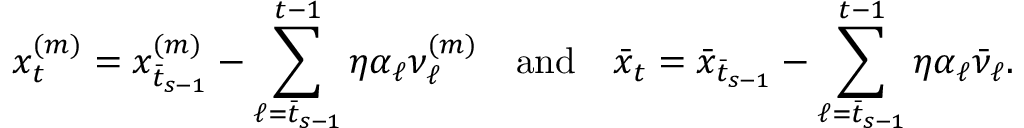
x _ { t } ^ { ( m ) } = x _ { \bar { t } _ { s - 1 } } ^ { ( m ) } - \sum _ { \ell = \bar { t } _ { s - 1 } } ^ { t - 1 } \eta \alpha _ { \ell } \nu _ { \ell } ^ { ( m ) } \quad \mathrm { a n d } \quad \bar { x } _ { t } = \bar { x } _ { \bar { t } _ { s - 1 } } - \sum _ { \ell = \bar { t } _ { s - 1 } } ^ { t - 1 } \eta \alpha _ { \ell } \bar { \nu } _ { \ell } .